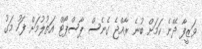
ވަޒީފާ ދޭނެ ކަމަށް ބުނެ ރާއްޖެ ގެނެސް ޕާސްޕޯޓް އަތުލުމަށް ފަހު މަގު